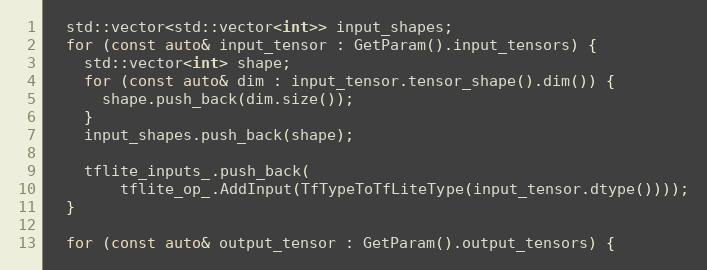
Language: C++
  std::vector<std::vector<int>> input_shapes;
  for (const auto& input_tensor : GetParam().input_tensors) {
    std::vector<int> shape;
    for (const auto& dim : input_tensor.tensor_shape().dim()) {
      shape.push_back(dim.size());
    }
    input_shapes.push_back(shape);

    tflite_inputs_.push_back(
        tflite_op_.AddInput(TfTypeToTfLiteType(input_tensor.dtype())));
  }

  for (const auto& output_tensor : GetParam().output_tensors) {